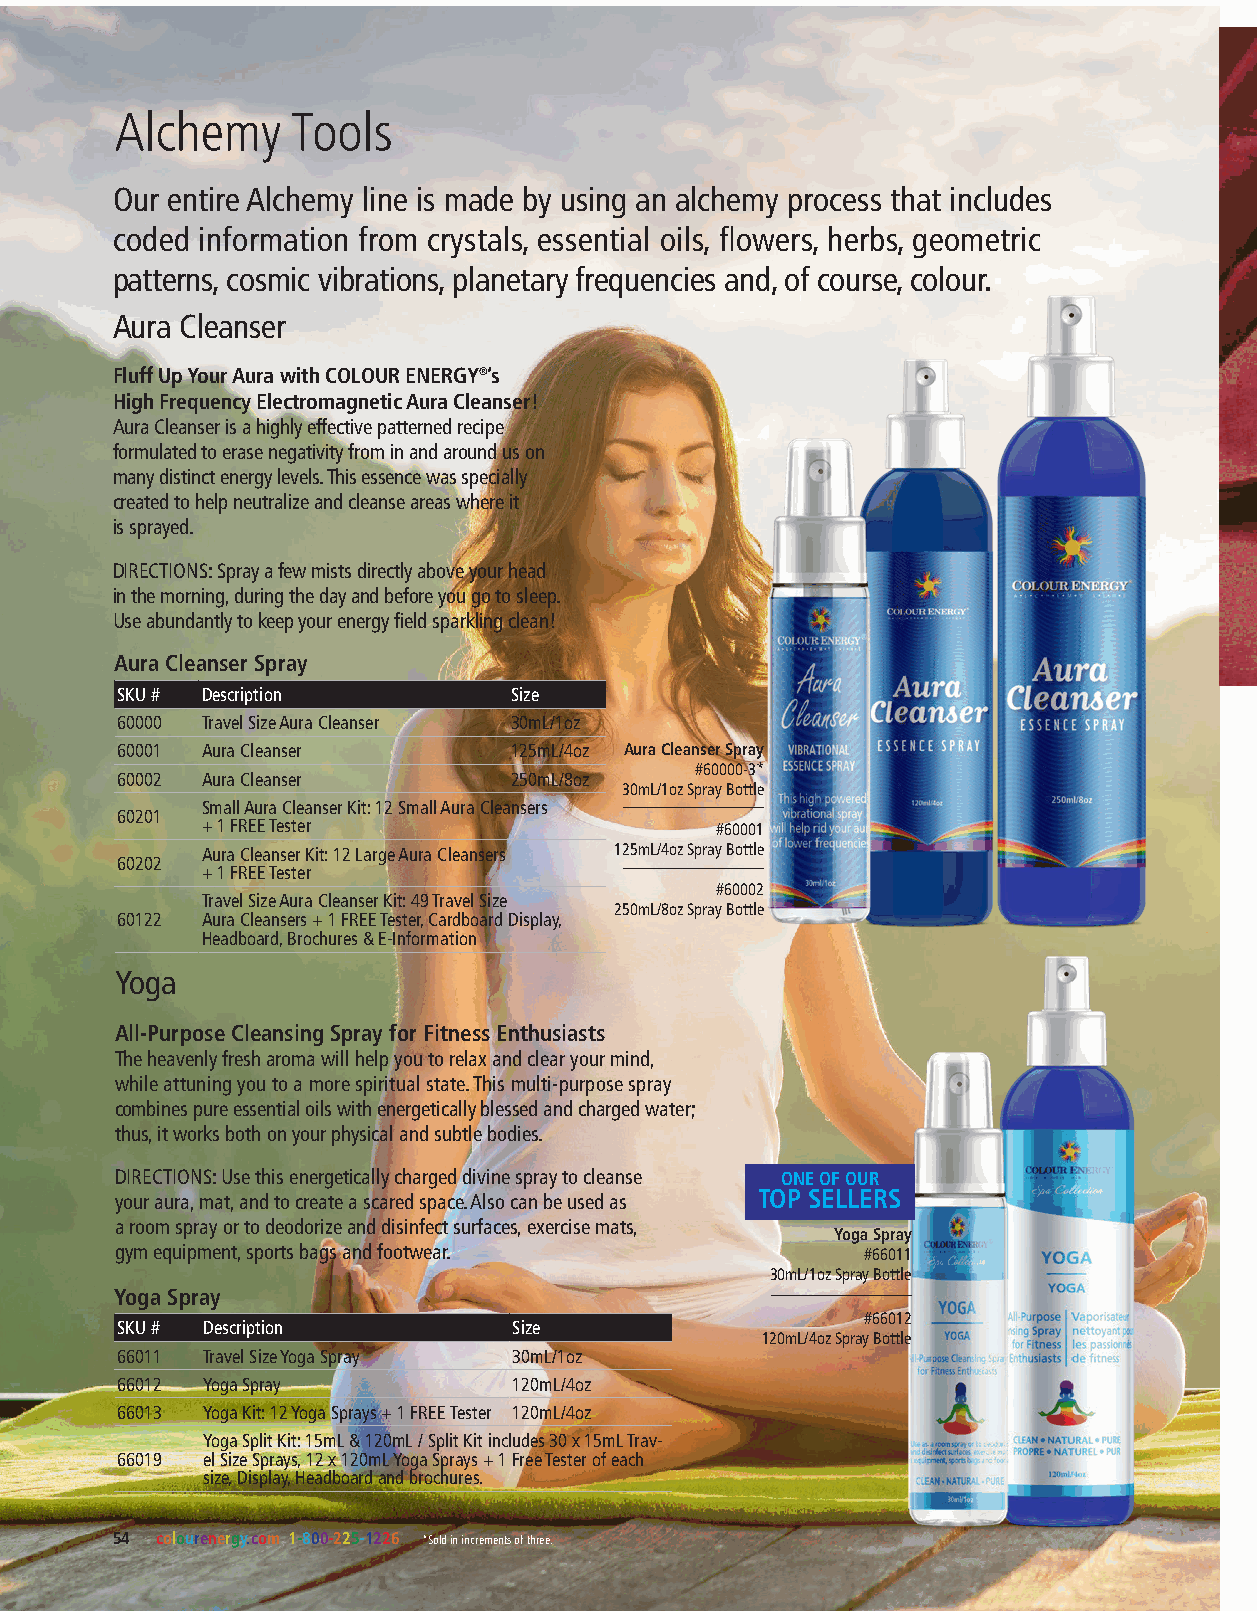
Alchemy    Tools
 Our entire Alchemy line is made by using an alchemy process that includes
 coded information from crystals, essential oils, flowers, herbs, geometric
 patterns, cosmic vibrations, planetary frequencies and, of course, colour.
 Aura Cleanser
 Fluff Up Your Aura with COLOUR ENERGY®’s
 High Frequency Electromagnetic Aura Cleanser!
 Aura Cleanser is a highly effective patterned recipe
 formulated to erase negativity from in and around us on
 many distinct energy levels. This essence was specially
 created to help neutralize and cleanse areas where it
 is sprayed.
 DIRECTIONS: Spray a few mists directly above your head
 in the morning, during the day and before you go to sleep.
 Use abundantly to keep your energy field sparkling clean!
 Aura Cleanser Spray
 SKU # Description         Size
 60000 Travel Size Aura Cleanser 30mL/1oz
 60001 Aura Cleanser       125mL/4oz Aura Cleanser Spray
 #60000-3*
 60002 Aura Cleanser       250mL/8oz
 30mL/1oz Spray Bottle
 Small Aura Cleanser Kit: 12 Small Aura Cleansers
 60201
 + 1 FREE Tester                   #60001
 Aura Cleanser Kit: 12 Large Aura Cleansers 125mL/4oz Spray Bottle
 60202
 + 1 FREE Tester
 #60002
 Travel Size Aura Cleanser Kit: 49 Travel Size
 250mL/8oz Spray Bottle
 60122 Aura Cleansers + 1 FREE Tester, Cardboard Display,
 Headboard, Brochures & E-Information
 Yoga
 All-Purpose Cleansing Spray for Fitness Enthusiasts
 The heavenly fresh aroma will help you to relax and clear your mind,
 while attuning you to a more spiritual state. This multi-purpose spray
 combines pure essential oils with energetically blessed and charged water;
 thus, it works both on your physical and subtle bodies.
 DIRECTIONS: Use this energetically charged divine spray to cleanse ONE OF OUR
 your aura, mat, and to create a scared space. Also can be used as TOP SELLERS
 a room spray or to deodorize and disinfect surfaces, exercise mats,
 Yoga Spray
 gym equipment, sports bags and footwear.         #66011
 30mL/1oz Spray Bottle
 Yoga Spray
 #66012
 SKU # Description         Size
 120mL/4oz Spray Bottle
 66011 Travel Size Yoga Spray 30mL/1oz
 66012 Yoga Spray          120mL/4oz
 66013 Yoga Kit: 12 Yoga Sprays + 1 FREE Tester 120mL/4oz
 Yoga Split Kit: 15mL & 120mL / Split Kit includes 30 x 15mL Trav-
 66019 el Size Sprays, 12 x 120mL Yoga Sprays + 1 Free Tester of each
 size, Display, Headboard and brochures.
 54 colourenergy.com 1-800-225-1226 *Sold in increments of three.